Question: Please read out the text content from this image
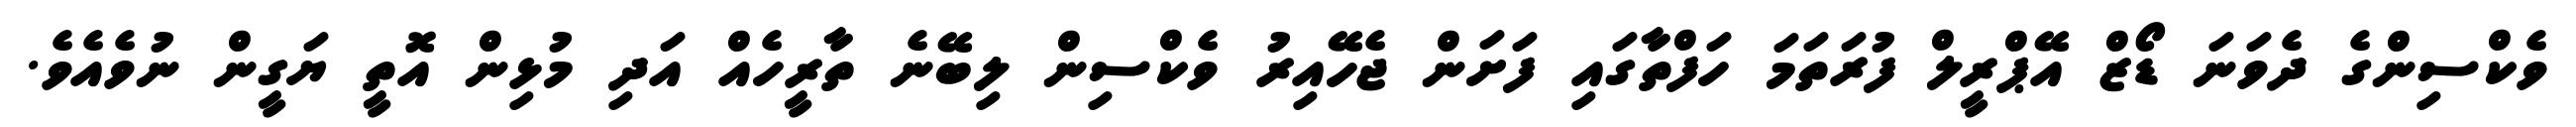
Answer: ވެކްސިންގެ ދެވަނަ ޑޯޒް އޭޕްރީލް ފުރަތަމަ ހަފްތާގައި ފަށަން ޖެހޭއިރު ވެކްސިން ލިބޭނެ ތާރީހެއް އަދި މުޅިން އޮތީ ޔަގީން ނުވެއެވެ.